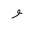
Letter: _waw